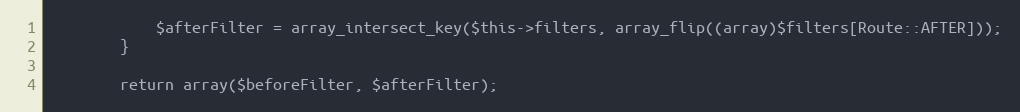
Language: PHP
            $afterFilter = array_intersect_key($this->filters, array_flip((array)$filters[Route::AFTER]));
        }

        return array($beforeFilter, $afterFilter);